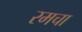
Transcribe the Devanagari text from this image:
रमचा